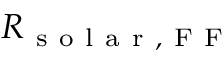
R _ { \mathrm { ~ s ~ o ~ l ~ a ~ r ~ , ~ F ~ F ~ } }